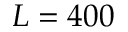
L = 4 0 0